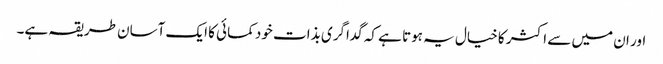
اور ان میں سے اکثر کا خیال یہ ہوتا ہے کہ گداگری بذات خود کمائی کا ایک آسان طریقہ ہے۔